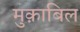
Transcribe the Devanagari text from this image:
मुक़ाबिल